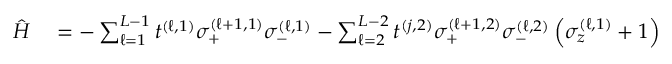
\begin{array} { r l } { \hat { H } } & { { } = - \sum _ { \ell = 1 } ^ { L - 1 } t ^ { ( \ell , 1 ) } \sigma _ { + } ^ { ( \ell + 1 , 1 ) } \sigma _ { - } ^ { ( \ell , 1 ) } - \sum _ { \ell = 2 } ^ { L - 2 } t ^ { ( j , 2 ) } \sigma _ { + } ^ { ( \ell + 1 , 2 ) } \sigma _ { - } ^ { ( \ell , 2 ) } \left( \sigma _ { z } ^ { ( \ell , 1 ) } + 1 \right) } \end{array}